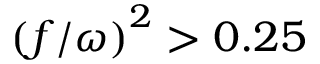
\left( f / \omega \right) ^ { 2 } > 0 . 2 5